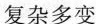
复杂多变